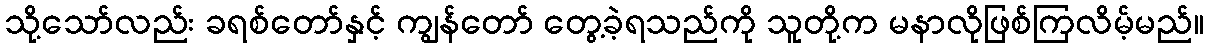
သို့သော်လည်း ခရစ်တော်နှင့် ကျွန်တော် တွေ့ခဲ့ရသည်ကို သူတို့က မနာလိုဖြစ်ကြလိမ့်မည်။